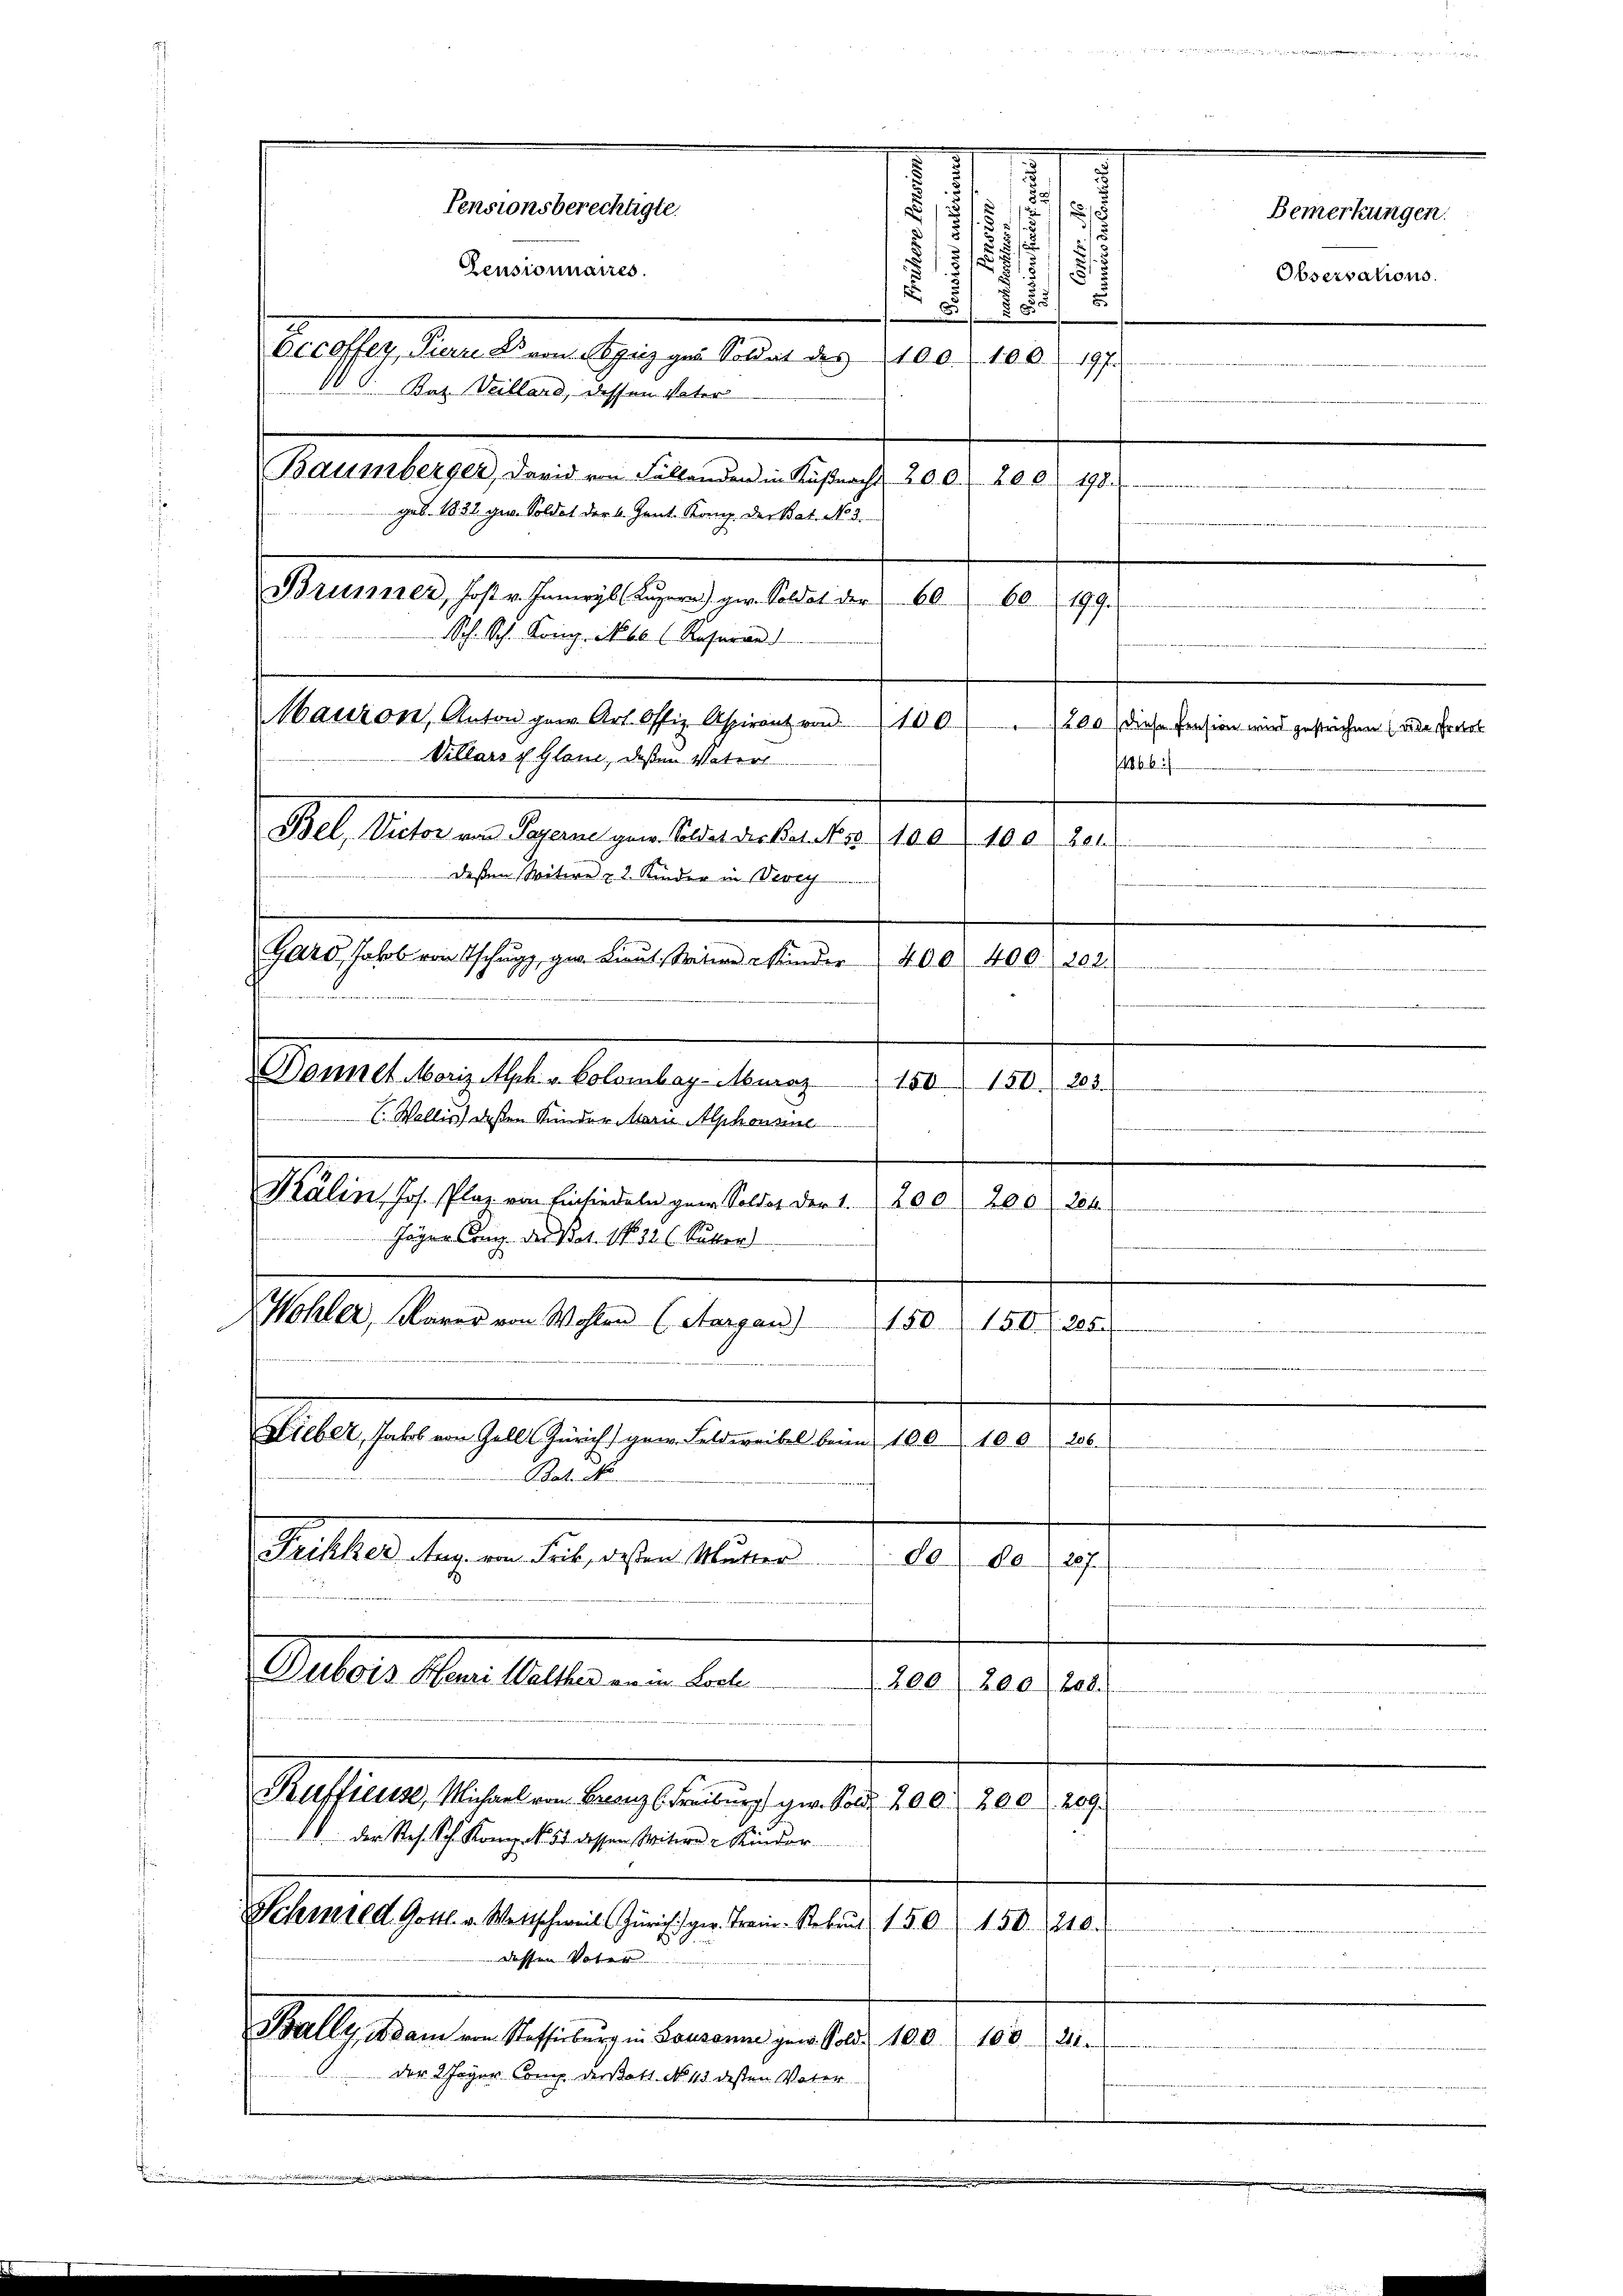
C. Wallis deßen Kinder Marie Alphonsine
Kälin, Jos. Plar von Einsiedeln zum Soldat der 1. 200 200 204
Jäger Comp. der Bat. No 126 Kutter
Wohler, Marer von Wohlen (Aargau)
150.
150. 285.
Hieber, Jakob von Goll Züricht gew. Feldereibel beim 100. 100 206.
Bot. N
Frikker Aug. von Frik, dessen Mutter
80
80. 227.
Setors Man hatten in der
 200 (206 (208.
Ruffieuse, Michael von Branz (Freiburg ger. Sold. 200. 200. 289
V. der Res. Sch. Kanz. No. 51 dessen Miterer Kinder
Scheinere d. Gottl. v. Wettschweil Zürich ger. Train-Rekrut 150 (150. 210.
dessen Vater
Bally, Adam von Stoffenburg in Lausanne gew. Sold. 100. 100. 21.
der 2 Jager Comp. derstatt. No 113. dessen Vater

Mauron, Anton gen Art. Offiz Aspirant von 100.
Villars u. Glanz, deßen Vaterl
Bel, Victor von Payerne gew. Soldet der Bat. No. 3100. 100. 201

Pensionsberechtigte.
Pensionnaires.

Occoffer, Viern Dr von Spriz gar Soldat des 1100. 100. 197.
Bat. Veillard, dessen Vater
Baumberger, David von Fällenden in Küβnacht 200. 206. 198.
geb. 1832. gen. Soldat der 4. Jant. Komp. der Bat. No. 3.
Brunner, Jost v. Inneryl (Luzern) per. Soldat der 60.
60. 199.
Sch. Sch. König. No. 60 (Rosuran

deßen Witwe u 2. Kinder in Vevey

Garo, Jakob von Tschupp, zur Lieut. Mitere Minder

Donnet Moriz Alph. v. Kolombag-Muraz

200) diese Pension wird gestrichen (de resol
. k.
400 400
af
—
.
80
180. 208.
e

J
u
s
.
i
.
.
18
.
d
755

Bemerkungen.
Observations.

e